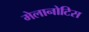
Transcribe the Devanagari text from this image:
मेलानोटिस